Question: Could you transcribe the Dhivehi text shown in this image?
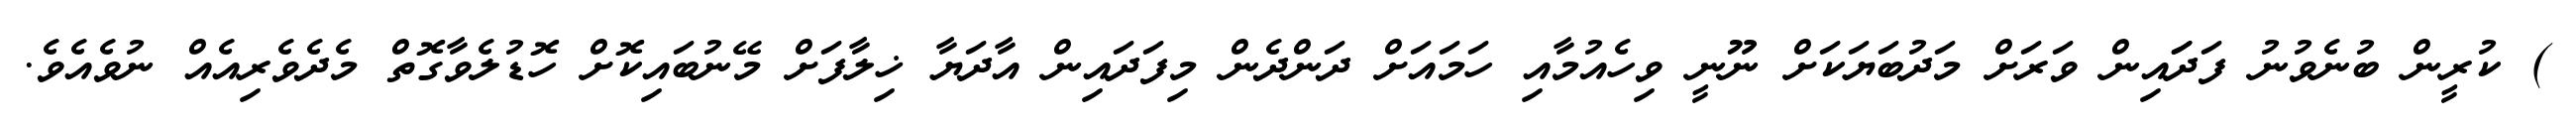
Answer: ) ކުރީން ބުނެވުނު ފަދަައިން ވަރަށް މަދުބަޔަކަށް ނޫނީ ވިހެއުމާއި ހަމައަށް ދަންދެން މިފަދައިން އާދަޔާ ޚިލާފަށް މޭނުބައިކޮށް ހޮޑުލެވާގޮތް މެދެވެރިއެއް ނުވެއެވެ.